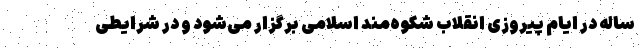
ساله در ایام پیروزی انقلاب شکوه‌مند اسلامی برگزار می‌شود و در شرایطی